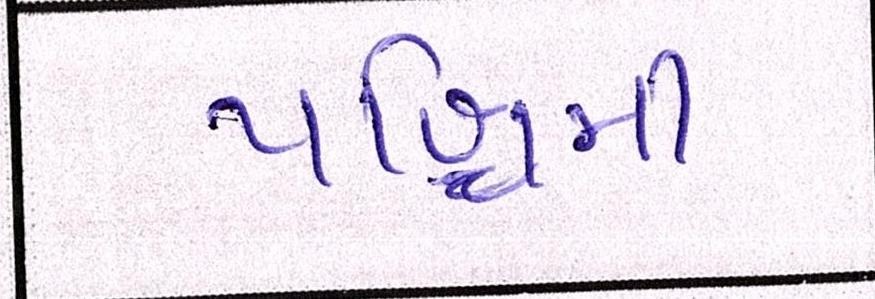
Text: પશ્ચિમી